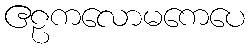
ဧဠကလောမကေပေ